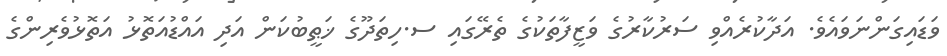
ވަޑައިގަންނަވައެވެ. އަދާކުރެއްވި ސަރުކާރުގެ ވަޒީފާތަކުގެ ތެރޭގައި ސ.ހިތަދޫގެ ޚަޠީބުކަން އަދި އައްޑުއަތޮޅު އަތޮޅުވެރިންގެ